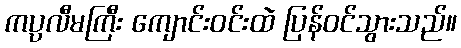
ကပ္ပလီမကြီး ကျောင်းဝင်းထဲ ပြန်ဝင်သွားသည်။